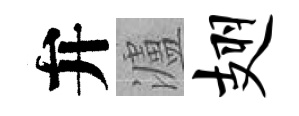
弁瀘翅